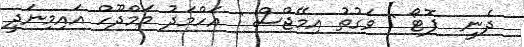
ދެނީ  ފޮޓޯ : ވަގުތު އިމޭޖްސް : އަހްމަދު މަމްދޫހް އައިމިނަދީ